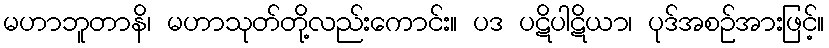
မဟာဘူတာနိ၊ မဟာသုတ်တို့လည်းကောင်း။ ပဒ ပဋိပါဋိယာ၊ ပုဒ်အစဉ်အားဖြင့်။